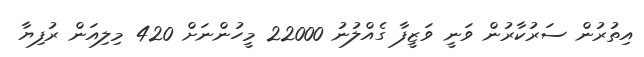
އިތުރުން ސަރުކާރުން ވަނީ ވަޒީފާ ގެއްލުނު 22000 މީހުންނަށް 420 މިލިއަން ރުފިޔާ